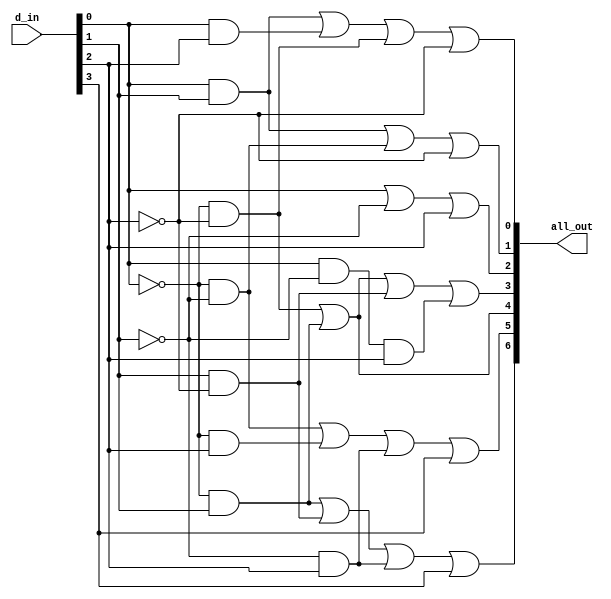
/*
*  BCD to 7-segment decoder
*/


module bcdto7(all_out, d_in);
  input [3:0] d_in;
  output [6:0] all_out;
  wire [6:0] all_out;

  wire a1,a2,a3,a4,a5,a6,a7,a8,a9;

  and and1(a1, d_in[0],d_in[1]);		//ab
  and and2(a2, d_in[0],d_in[2]);		//ac
  and and3(a3, ~d_in[0],~d_in[2]);		//a'c'
  and and4(a4, ~d_in[0],~d_in[1]);		//a'b'
  and and5(a5, ~d_in[0],d_in[1]);		//a'b
  and and6(a6, d_in[1],~d_in[2]);		//bc'
  and and7(a7, ~d_in[0],d_in[2]);		//a'c
  and and8(a8, ~d_in[1],d_in[2]);		//b'c
  and and9(a9, d_in[0],~d_in[1],d_in[2]);	//ab'c

  or or1(all_out[0], a1,a2,a3,~d_in[2]);	//ab   + ac   + a'c' + c'
  or or2(all_out[1], a1,a4,~d_in[2]);		//ab   + a'b' + c'
  or or3(all_out[2], d_in[0],~d_in[1],d_in[2]);	//a    + b'   + c
  or or4(all_out[3], a3,a5,a6,a9);		//a'c' + a'b  + bc'  + ab'c
  or or5(all_out[4], a3,a5);			//a'c' + a'b
  or or6(all_out[5], a4,a7,a8,d_in[3]);		//a'b' + a'c  + b'c  + d
  or or7(all_out[6], a5,a6,a8,d_in[3]);		//a'b  + bc'  + b'c  + d

endmodule